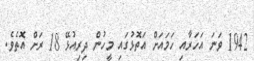
1942 ވަނަ އަހަރާއި ހަމައަށް އަތޮޅުގައި މީހުން ދިރިއުޅޭ 18 ރަށް އޮތެވެ.